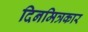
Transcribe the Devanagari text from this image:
दिनमित्रकार